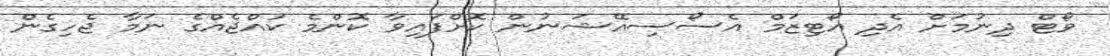
ވޯޓް ދިނުމަށް އެދި އޯޓިޒަމް އެސޯސިއޭޝަނުން ކޮށްފައިވާ ކޮންމެ ކުއްޖެއްގެ ނަމާ ޖެހިގެން